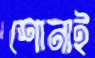
শোনাই